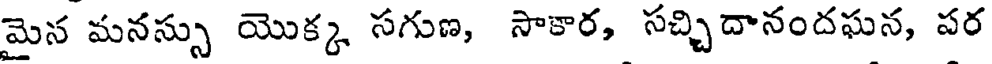
మైన మనస్సు యొక్క సగుణ, సాకార, సచ్చిదానందఘన, పర